Annual report of the Punjab Veterinary College and of the Civil Veterinary Department, Punjab - 1909-1919
Year: 1909
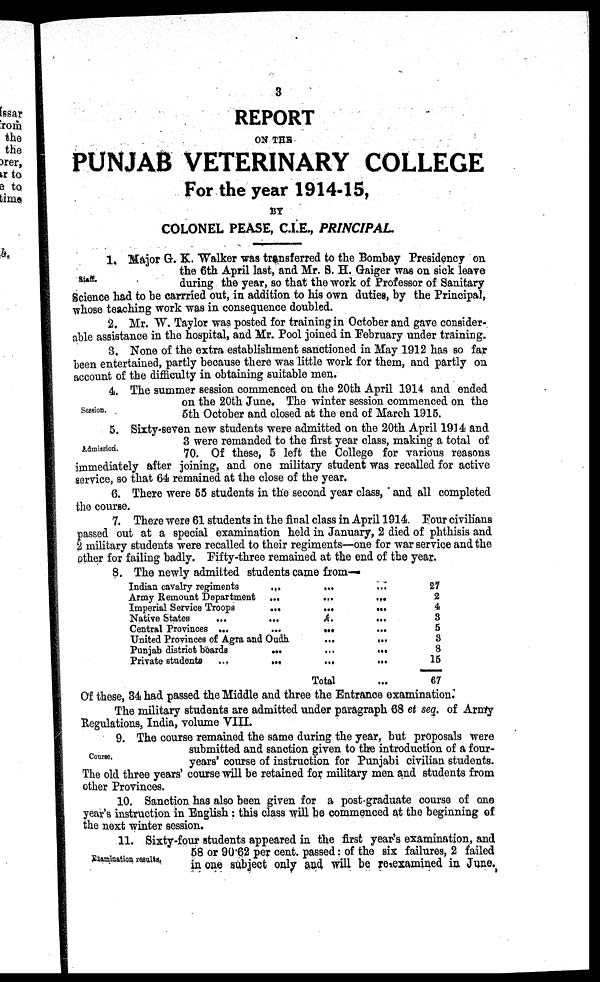
3
REPORT
ON THE
PUNJAB VETERINARY COLLEGE
For the year 1914-15,
BY
COLONEL PEASE, C.I.E., PRINCIPAL.
Staff.
1. Major G. K. Walker was transferred to the Bombay Presidency on
the 6th April last, and Mr. S. H. Gaiger was on sick leave
during the year, so that the work of Professor of Sanitary
Science had to be carrried out, in addition to his own duties, by the Principal,
whose teaching work was in consequence doubled.
2. Mr. W. Taylor was posted for training in October and gave consider-
able assistance in the hospital, and Mr. Pool joined in February under training.
3. None of the extra establishment sanctioned in May 1912 has so far
been entertained, partly because there was little work for them, and partly on
account of the difficulty in obtaining suitable men.
Session.
4. The summer session commenced on the 20th April 1914 and ended
on the 20th June. The winter session commenced on the
5th October and closed at the end of March 1915.
Admission.
5. Sixty-seven new students were admitted on the 20th April 1914 and
3 were remanded to the first year class, making a total of
70. Of these, 5 left the College for various reasons
immediately after joining, and one military student was recalled for active
service, so that 64 remained at the close of the year.
6. There were 55 students in the second year class, and all completed
the course.
7. There were 61 students in the final class in April 1914 Four civilians
passed out at a special examination held in January, 2 died of phthisis and
2 military students were recalled to their regiments—one for war service and the
other for failing badly. Fifty-three remained at the end of the year.
8. The newly admitted students came from—
Indian cavalry regiments ... ... ...
Army Remount Department ... ... ...
Imperial Service Troops ... ... ...
Native States ... ... ... ...
Central Provinces ... ... ... ...
United Provinces of Agra and Oudh ... ...
Punjab district boards ... ... ...
Private students ... ... ... ...
Total...
27
2
4
3
5
3
8
15
67
Of these, 34 had passed the Middle and three the Entrance examination.
The military students are admitted under paragraph 68 et seq. of Army
Regulations, India, volume VIII.
Course.
9. The course remained the same during the year, but proposals were
submitted and sanction given to the introduction of a four-
years' course of instruction for Punjabi civilian students.
The old three years' course will be retained for military men and students from
other Provinces.
10. Sanction has also been given for a post-graduate course of one
year's instruction in English: this class will be commenced at the beginning of
the next winter session.
Examination results.
11. Sixty-four students appeared in the first year's examination, and
58 or 90.62 per cent. passed: of the six failures, 2 failed
in one subject only and will be re-examined in June.